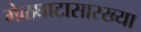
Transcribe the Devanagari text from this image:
मेळघाटासारख्या